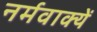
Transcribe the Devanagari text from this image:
नर्मवाक्यें